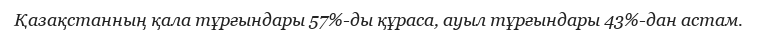
Қазақстанның қала тұрғындары 57%-ды құраса, ауыл тұрғындары 43%-дан астам.